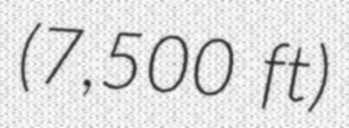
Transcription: (7,500 ft)